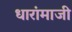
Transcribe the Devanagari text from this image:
धारांमाजी